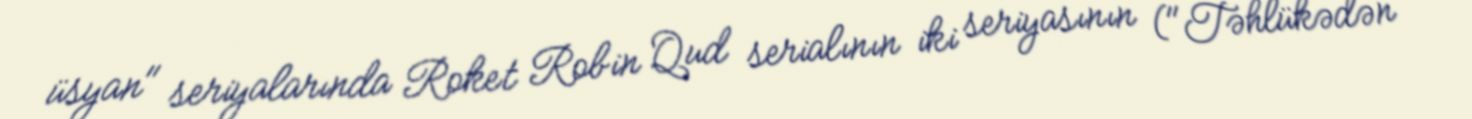
üsyan" seriyalarında Roket Robin Qud serialının iki seriyasının ("Təhlükədən